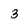
Character: 3